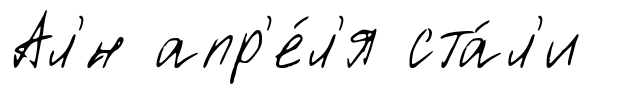
Ал'́н апр'е́л'я ста́л'и